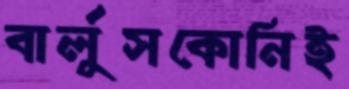
বার্লুসকোনিই